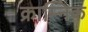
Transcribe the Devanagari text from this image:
क्राम्निक